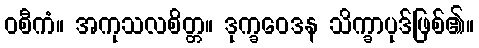
ဝစီကံ။ အကုသလစိတ္တ။ ဒုက္ခဝေဒန သိက္ခာပုဒ်ဖြစ်၏။